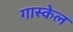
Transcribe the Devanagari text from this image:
गास्केल